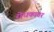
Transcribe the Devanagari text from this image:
रोधकावर